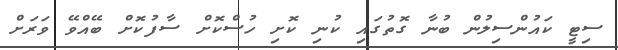
ސިޓީ ކައުންސިލުން ބުނާ ގޮތުގައި ކުނި ކޮށި ހުސްކޮށް ސާފުކޮށް ބޭއްވޭ ވަރަށް